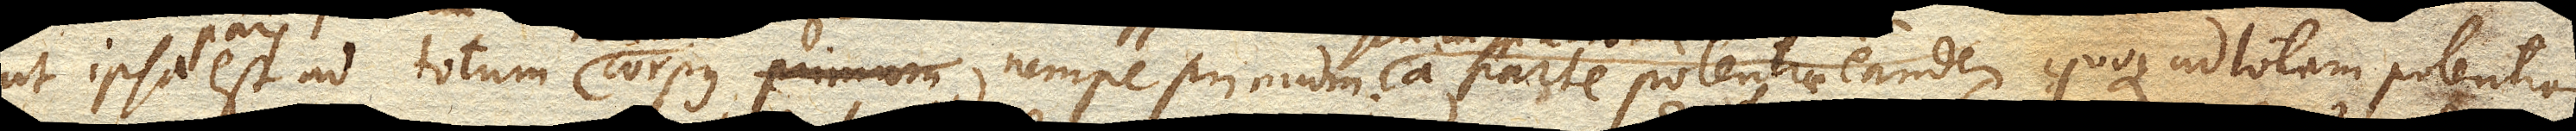
ut ipsa est ad totum corpus, nempe primum a parte potentiae eandem quoque ad totam potentiam